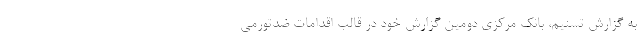
به گزارش تسنیم،‌ بانک مرکزی دومین گزارش خود در قالب اقدامات ضدتورمی